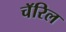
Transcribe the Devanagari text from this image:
चॅरिल